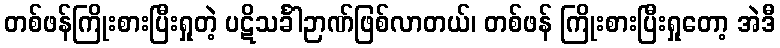
တစ်ဖန်ကြိုးစားပြီးရှုတဲ့ ပဋိသင်္ခါဉာဏ်ဖြစ်လာတယ်၊ တစ်ဖန် ကြိုးစားပြီးရှုတော့ အဲဒီ